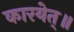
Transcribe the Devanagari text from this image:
कारयेत्॥